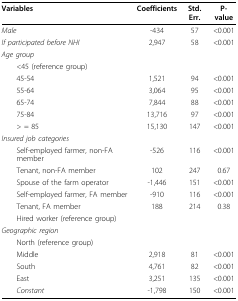
<table><thead><tr><td><b>Variables</b></td><td><b>Coefficients</b></td><td><b>Std. Err.</b></td><td><b>P-value</b></td></tr></thead><tbody><tr><td><i>Male</i></td><td>-434</td><td>57</td><td>&lt;0.001</td></tr><tr><td><i>If participated before NHI</i></td><td>2,947</td><td>58</td><td>&lt;0.001</td></tr><tr><td><i>Age group</i></td><td></td><td></td><td></td></tr><tr><td> &lt;45 (reference group)</td><td></td><td></td><td></td></tr><tr><td> 45-54</td><td>1,521</td><td>94</td><td>&lt;0.001</td></tr><tr><td> 55-64</td><td>3,064</td><td>95</td><td>&lt;0.001</td></tr><tr><td> 65-74</td><td>7,844</td><td>88</td><td>&lt;0.001</td></tr><tr><td> 75-84</td><td>13,716</td><td>97</td><td>&lt;0.001</td></tr><tr><td> &gt; = 85</td><td>15,130</td><td>147</td><td>&lt;0.001</td></tr><tr><td><i>Insured job categories</i></td><td></td><td></td><td></td></tr><tr><td> Self-employed farmer, non-FA member</td><td>-526</td><td>116</td><td>&lt;0.001</td></tr><tr><td> Tenant, non-FA member</td><td>102</td><td>247</td><td>0.67</td></tr><tr><td> Spouse of the farm operator</td><td>-1,446</td><td>151</td><td>&lt;0.001</td></tr><tr><td> Self-employed farmer, FA member</td><td>-910</td><td>116</td><td>&lt;0.001</td></tr><tr><td> Tenant, FA member</td><td>188</td><td>214</td><td>0.38</td></tr><tr><td> Hired worker (reference group)</td><td></td><td></td><td></td></tr><tr><td><i>Geographic region</i></td><td></td><td></td><td></td></tr><tr><td> North (reference group)</td><td></td><td></td><td></td></tr><tr><td> Middle</td><td>2,918</td><td>81</td><td>&lt;0.001</td></tr><tr><td> South</td><td>4,761</td><td>82</td><td>&lt;0.001</td></tr><tr><td> East</td><td>3,251</td><td>135</td><td>&lt;0.001</td></tr><tr><td> <i>Constant</i></td><td>-1,798</td><td>150</td><td>&lt;0.001</td></tr></tbody></table>